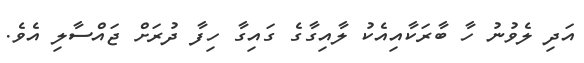
އަދި ލެވުނު ހާ ބާރަކާއިއެކު ލާއިގާގެ ގައިގާ ހިފާ ދުރަށް ޖައްސާލި އެވެ.